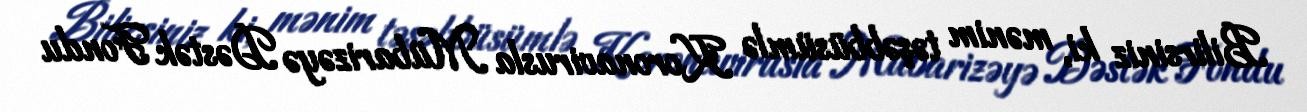
Bilirsiniz ki, mənim təşəbbüsümlə Koronavirusla Mübarizəyə Dəstək Fondu